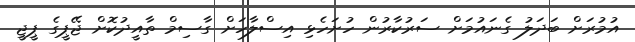
އުމުރަށް ބަދަލު ގެނައުމަށް ސަރުކާރުން ހުށަހެޅި އިސްލާހަށް ގާސިމް ތާއީދުކޮށް ޖޭޕީގެ ޕީޖީ